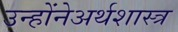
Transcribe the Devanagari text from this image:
उन्होंनेअर्थशास्त्र